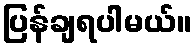
ပြန်ချရပါမယ်။